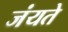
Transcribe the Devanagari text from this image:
जंयते